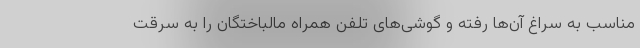
مناسب به سراغ آن‌ها رفته و گوشی‌های تلفن همراه مالباختگان را به سرقت